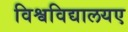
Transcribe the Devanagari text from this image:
विश्वविद्यालयए